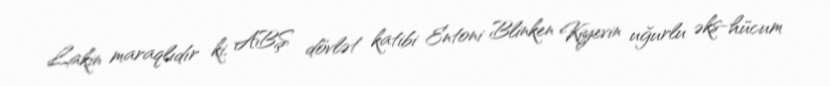
Lakin maraqlıdır ki, ABŞ dövlət katibi Entoni Blinken Kiyevin uğurlu əks-hücum